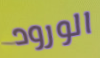
الورود